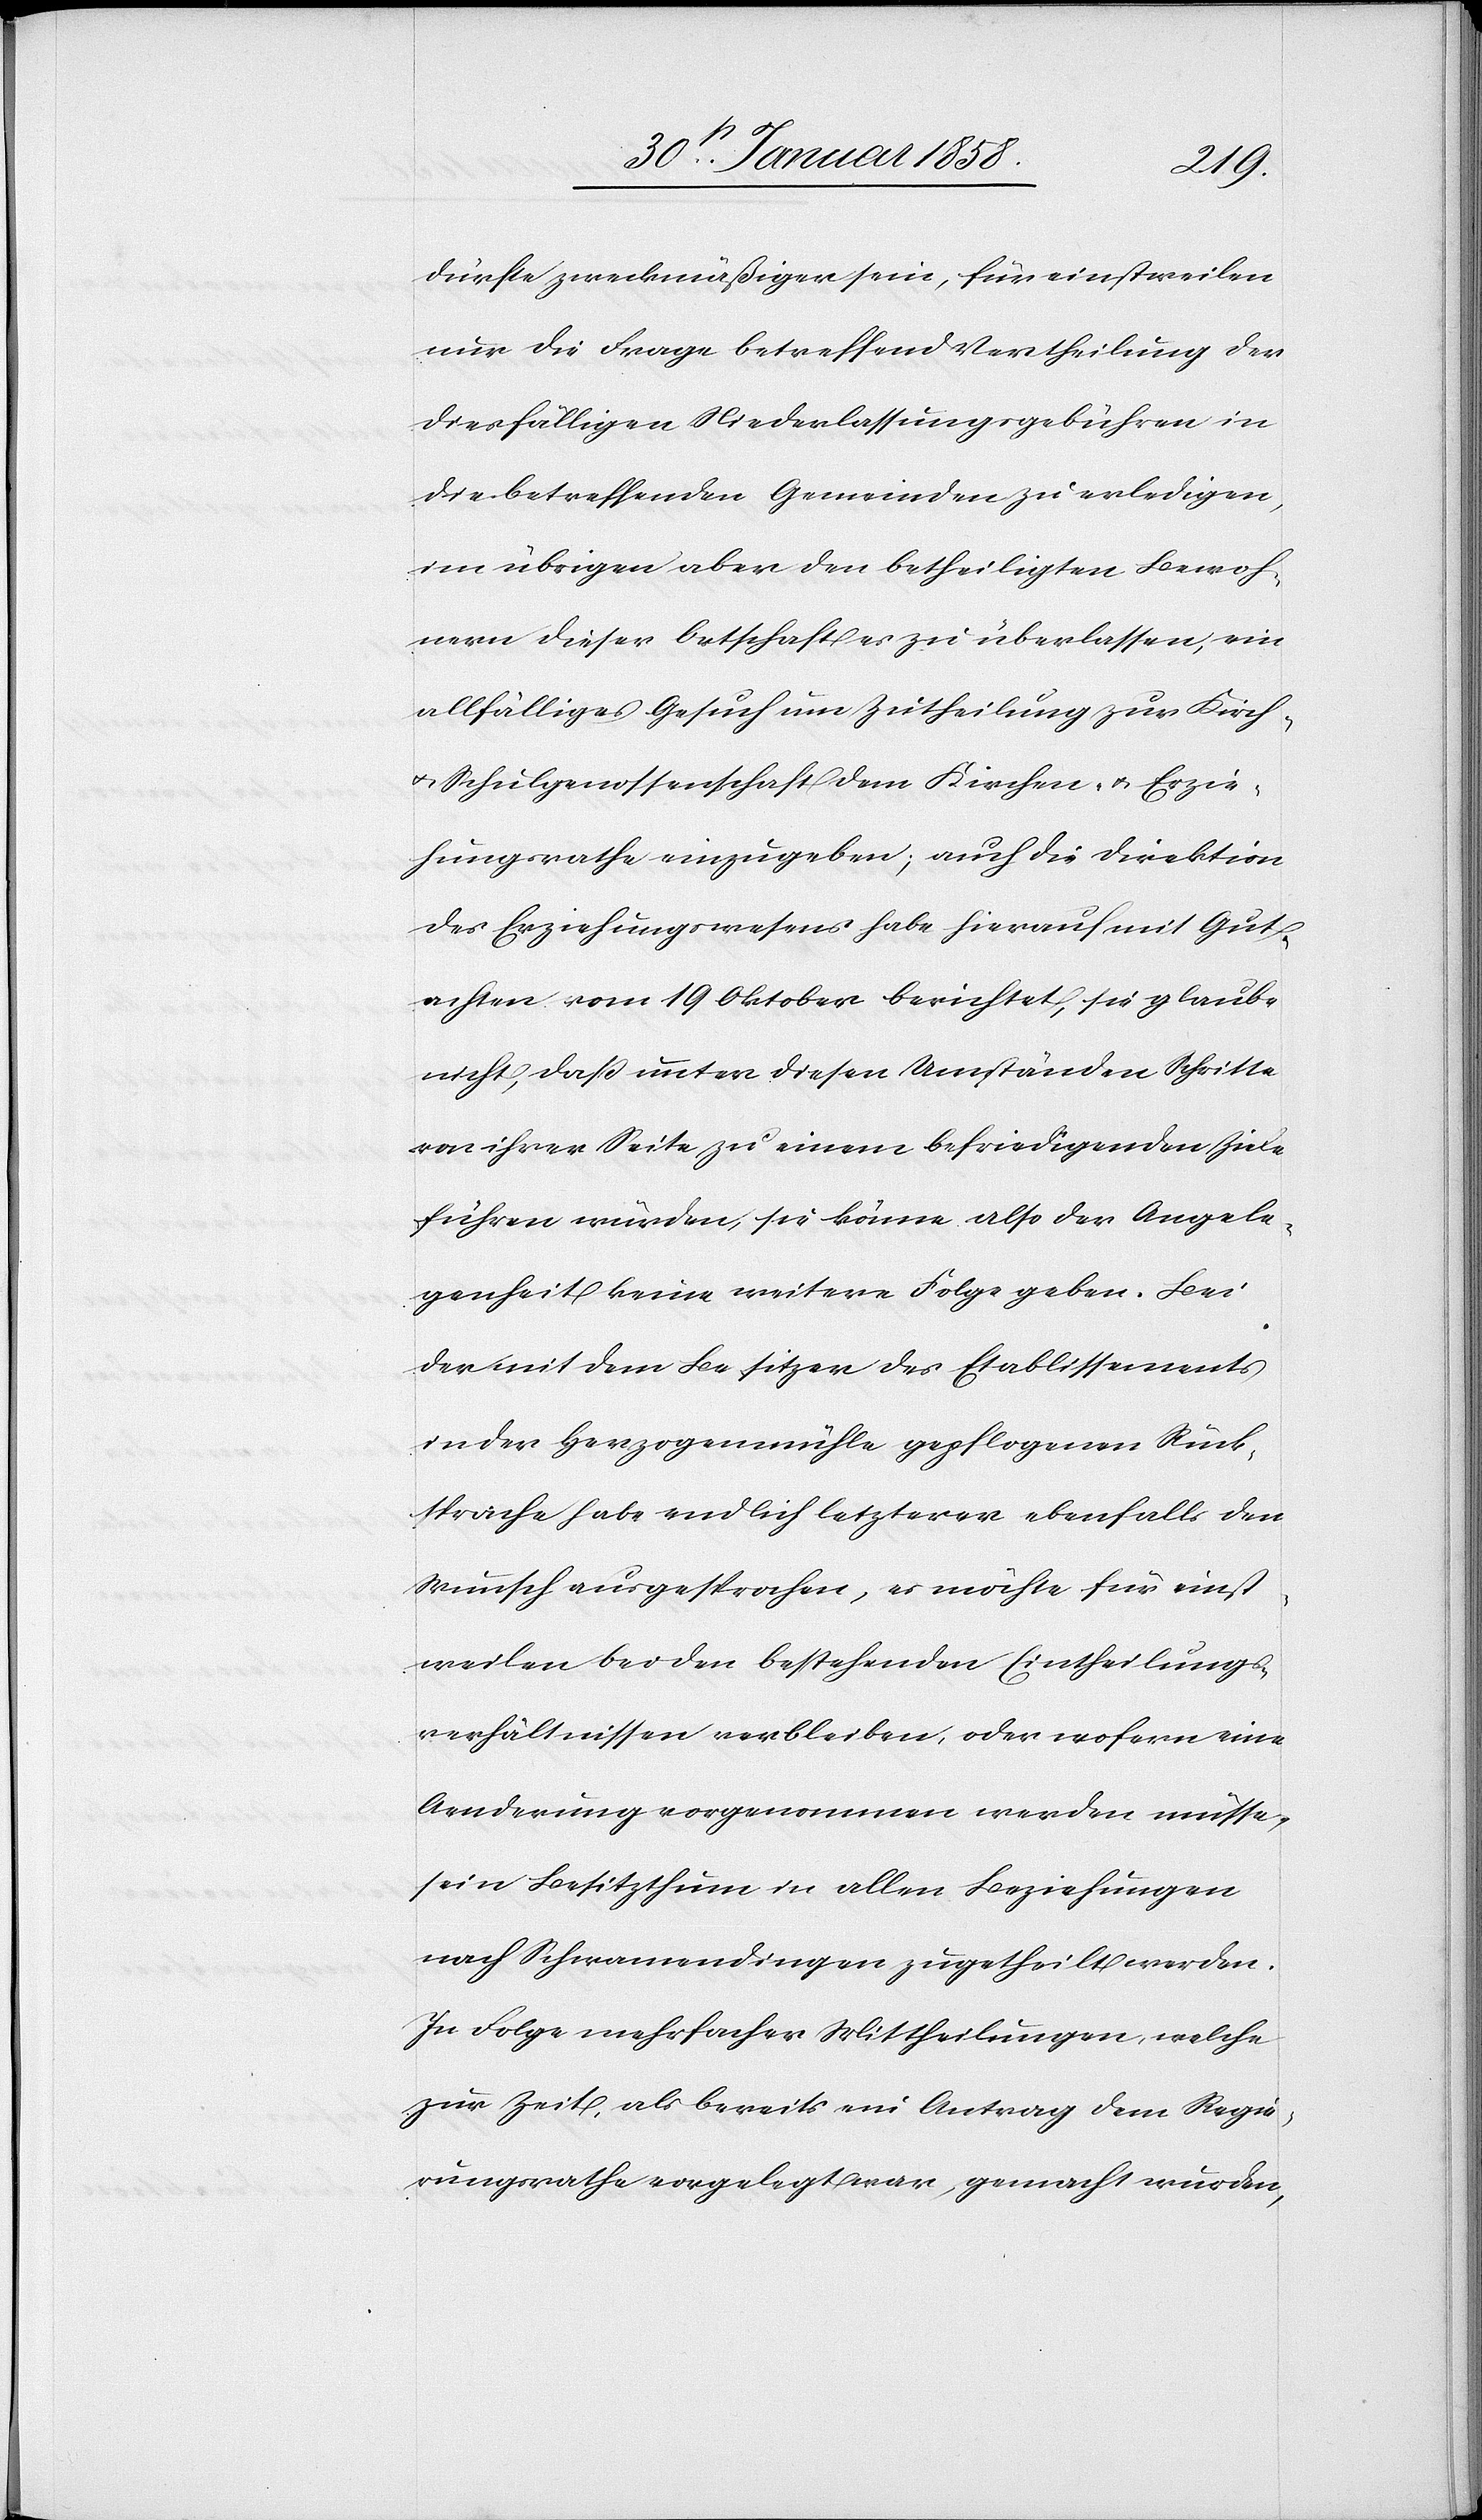
dürfte zweckmäßiger sein, für einstweilen
nur die Frage betreffend Vertheilung der
diesfälligen Niederlassungsgebühren in
die betreffenden Gemeinden zu erledigen,
im übrigen aber den betheiligten Bewoh¬
nern dieser Ortschaft es zu überlassen, ein
allfälliges Gesuch um Zutheilung zur Kirch-
u. Schulgenossenschaft dem Kirchen- u. Erzie¬
hungsrathe einzugeben; auch die Direktion
des Erziehungswesens habe hierauf mit Gut¬
achten vom 19 Oktober berichtet, sie glaube
nicht, daß unter diesen Umständen Schritte
von ihrer Seite zu einem befriedigenden Ziele
führen würden, sie könne also der Angele¬
genheit keine weitere Folge geben. Bei
der mit dem Besitzer des Etablissements
in der Herzogenmühle gepflogenen Rück¬
sprache habe endlich letzterer ebenfalls den
Wunsch ausgesprochen, es möchte für einst¬
weilen bei den bestehenden Eintheilungs¬
verhältnissen verbleiben, oder wofern eine
Aenderung vorgenommen werden müsse,
sein Besitzthum in allen Beziehungen
nach Schwamendingen zugetheilt werden.
In Folge mehrfacher Mittheilungen, welche
zur Zeit, als bereits ein Antrag dem Regie¬
rungsrathe vorgelegt war, gemacht wurden,